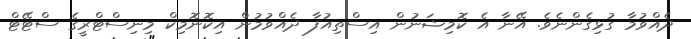
ދެއްވުމާ ގުޅިގެންނެވެ. އޭނާ އެ ކޮމިޝަނުން އިސްތިއުފާ ދެއްވުމުން އިކޮނޮމިކް މިނިސްޓްރީގެ ސްޓޭޓް